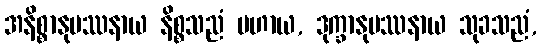
အနိစ္စာနုပဿနာယ နိစ္စသညံ ပဟာယ, ဒုက္ခာနုပဿနာယ သုခသညံ,